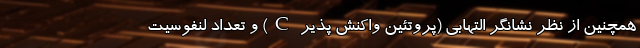
همچنین از نظر نشانگر التهابی (پروتئین واکنش پذیر C) و تعداد لنفوسیت